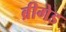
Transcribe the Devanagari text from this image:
ब्रीगेड